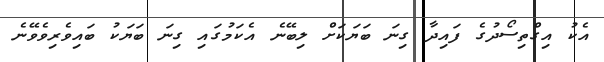
އެކު އިގްތިސޯދުގެ ފައިދާ ގިނަ ބަޔަކަށް ލިބޭނެ އެކަމުގައި ގިނަ ބަޔަކު ބައިވެރިވެވޭނެ